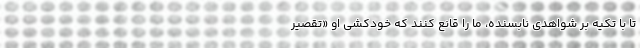
تا با تکیه بر شواهدی نابسنده، ما را قانع کنند که خودکشی او «تقصیر